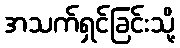
အသက်ရှင်ခြင်းသို့